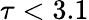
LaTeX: \tau<3.1